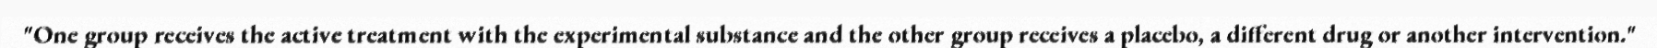
"One group receives the active treatment with the experimental substance and the other group receives a placebo, a different drug or another intervention."